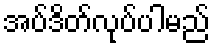
အပ်ဒိတ်လုပ်ပါမည်